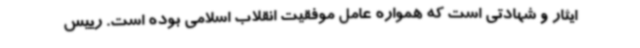
ایثار و شهادتی است که همواره عامل موفقیت انقلاب اسلامی بوده است. رییس